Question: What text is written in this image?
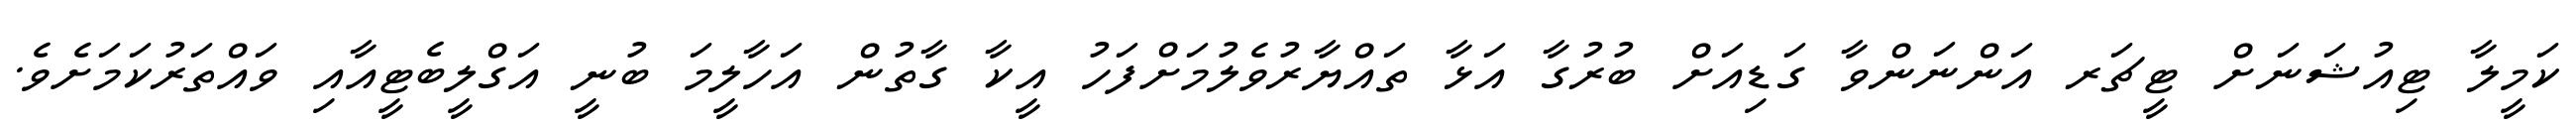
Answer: ކަމީލާ ޓިއުޝަނަށް ޓީޗަރ އަންނަންވާ ގަޑިއަށް ބުރުގާ އަޅާ ތައްޔާރުވެލުމަށްފަހު އީކާ ގާތުން އަހާލީމަ ބުނީ އަގްލީބެޓީއާއި ވައްތަރުކަމަށެވެ.